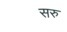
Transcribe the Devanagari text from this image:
सरु